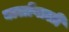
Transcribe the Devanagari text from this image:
बालोंवाली